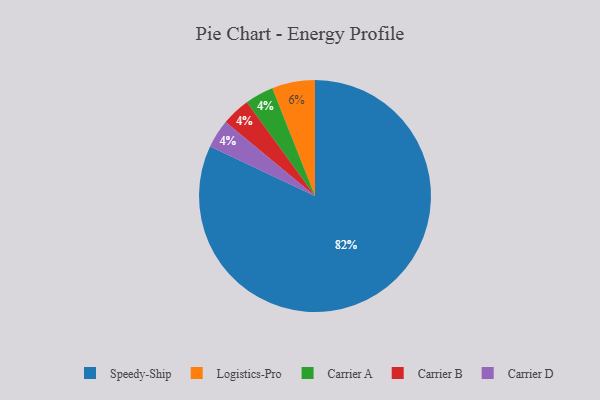
{"axis": {"x": "Category", "y": "Percentage"}, "legend": ["Carrier A", "Carrier B", "Carrier D", "Logistics-Pro", "Speedy-Ship"], "data": [{"x": "Carrier A", "y": 4, "type": "Carrier A"}, {"x": "Logistics-Pro", "y": 6, "type": "Logistics-Pro"}, {"x": "Carrier B", "y": 4, "type": "Carrier B"}, {"x": "Speedy-Ship", "y": 82, "type": "Speedy-Ship"}, {"x": "Carrier D", "y": 4, "type": "Carrier D"}]}